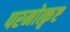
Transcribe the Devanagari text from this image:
परमोत्कृष्ट